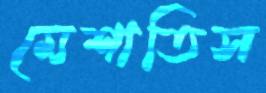
মেশাতিস